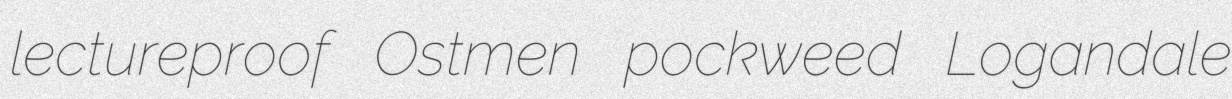
lectureproof Ostmen pockweed Logandale